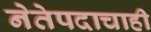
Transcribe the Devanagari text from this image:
नेतेपदाचाही